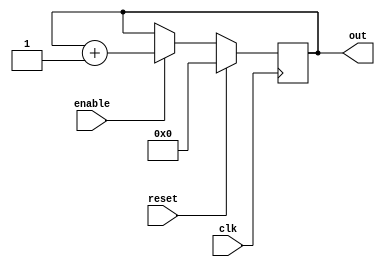
//-----------------------------------------------------
// Design Name : up_counter
// Function    : Up counter
// Coder       : Deepak
//-----------------------------------------------------
module up_counter    (
out     ,  // Output of the counter
enable  ,  // enable for counter
clk     ,  // clock Input
reset      // reset Input
);
//----------Output Ports--------------
    output [7:0] out;
//------------Input Ports--------------
     input enable, clk, reset;
//------------Internal Variables--------
    reg [7:0] out;
//-------------Code Starts Here-------
always @(posedge clk)
if (reset) begin
  out <= 8'b0 ;
end else if (enable) begin
  out <= out + 1;
end


endmodule